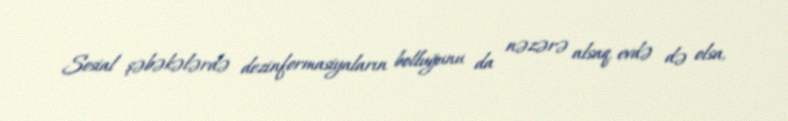
Sosial şəbəkələrdə dezinformasiyaların bolluğunu da nəzərə alsaq, evdə də olsa,